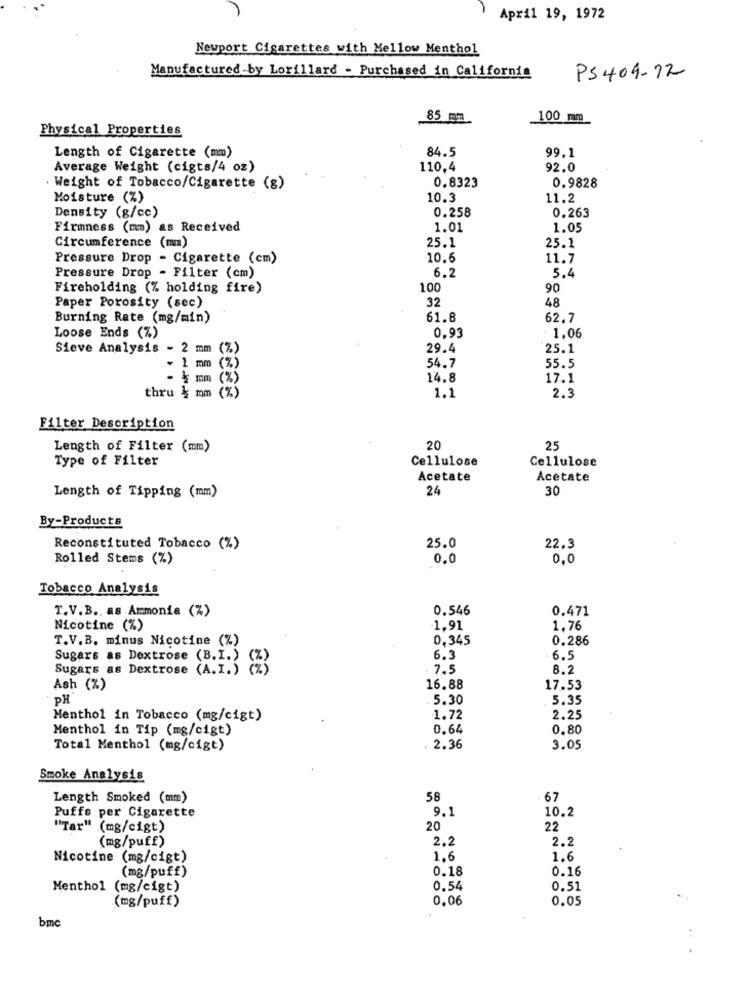
April 19, 1972
Newport Cigarettes with Mellow Menthol
Manufactured by Lorillard - Purchased in California
PS409-12
85 mm
100 mm
Physical Properties
84.5
99.1
Length of Cigarette (mm)
Average Weight (cigts/4 oz)
110,4
92.0
. Weight of Tobacco/Cigarette (g)
0.8323
0.9828
Moisture (%)
10.3
11.2
0.258
Density (g/cc)
0.263
Firmness (mm) as Received
1.01
1.05
25.1
Circumference (mm)
25.1
Pressure Drop - Cigarette (cm)
10.6
11.7
6.2
Pressure Drop - Filter (cm)
5.4
Fireholding (% holding fire)
100
90
Paper Porosity (sec)
32
48
Burning Rate (mg/min)
61.8
62.7
Loose Ends (%)
0.93
1.06
Sieve Analysis - 2
(%)
29.4
25.1
mm (% )
54.7
55.5
. .
[ mm (%)
14.8
17.1
thru & mm (%)
1.1
2.3
Filter Description
Length of Filter (mm)
20
25
Type of Filter
Cellulose
Cellulose
Acetate
Acetate
24
30
Length of Tipping (mm)
By-Products
Reconstituted Tobacco (%)
25.0
22.3
Rolled Stems (%)
0.0
0,0
Tobacco Analysis
T.V.B .. as Ammonia (%)
0.546
0.471
Nicotine (%)
1.91
1.76
T.V.B. minus Nicotine (%)
0,345
0.286
Sugars as Dextrose (B.I.)
6.3
6.5
Sugars as Dextrose (A.I.)
. 7.5
8.2
Ash (%)
16.88
17.53
PH
5.30
5.35
Menthol in Tobacco (mg/cigt)
1.72
2.25
Menthol in Tip (mg/cigt)
0.64
0,80
Total Menthol (mg/cigt)
2.36
3.05
Smoke Analysis
Length Smoked (mm)
58
67
9.1
10.2
Puffs per Cigarette
"Tar" (mg/cigt)
20
22
(mg/puff)
2.2
2.2
Nicotine (mg/cigt)
1.6
1.6
0.18
0.16
(mg/puff)
Menthol (mg/cigt)
0.54
0.51
0,06
0.05
(mg/puff)
bmc